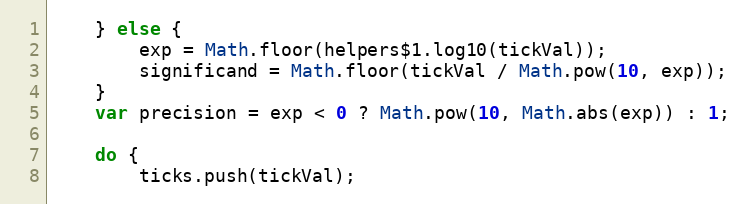
Language: JavaScript
	} else {
		exp = Math.floor(helpers$1.log10(tickVal));
		significand = Math.floor(tickVal / Math.pow(10, exp));
	}
	var precision = exp < 0 ? Math.pow(10, Math.abs(exp)) : 1;

	do {
		ticks.push(tickVal);